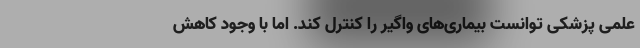
علمی پزشکی توانست بیماری‌های واگیر را کنترل کند. اما با وجود کاهش